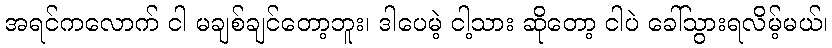
အရင်ကလောက် ငါ မချစ်ချင်တော့ဘူး၊ ဒါပေမဲ့ ငါ့သား ဆိုတော့ ငါပဲ ခေါ်သွားရလိမ့်မယ်၊